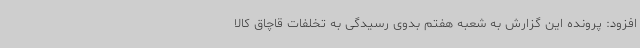
افزود: پرونده این گزارش به شعبه هفتم بدوی رسیدگی به تخلفات قاچاق کالا